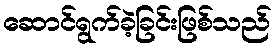
ဆောင်ရွက်ခဲ့ခြင်းဖြစ်သည်